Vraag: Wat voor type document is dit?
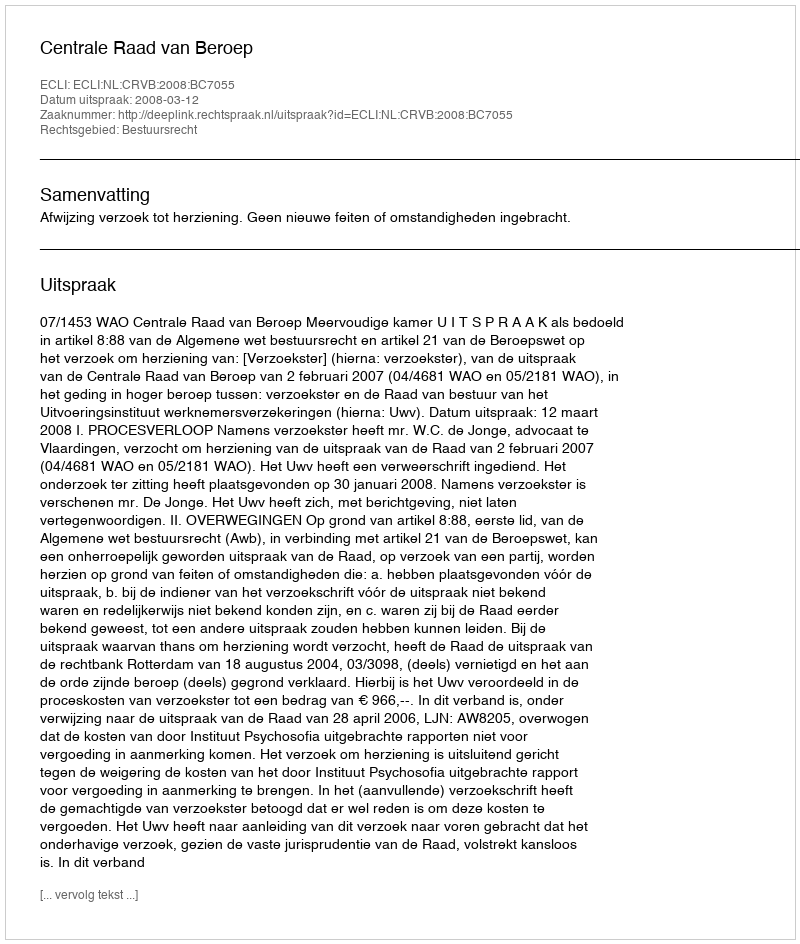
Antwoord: Uitspraak